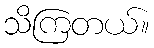
သိကြတယ်။